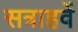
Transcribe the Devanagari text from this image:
सत्राहवें